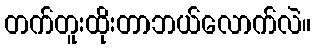
တက်တူးထိုးတာဘယ်လောက်လဲ။